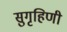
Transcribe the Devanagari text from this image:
सुगृहिणी